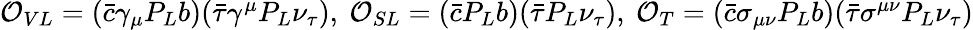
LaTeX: \begin{array}{r}{{\cal O}_{VL}=(\bar{c}\gamma_{\mu}P_{L}b)(\bar{\tau}\gamma^{\mu}P_{L}\nu_{\tau}),~{\cal O}_{SL}=(\bar{c}P_{L}b)(\bar{\tau}P_{L}\nu_{\tau}),~{\cal O}_{T}=(\bar{c}\sigma_{\mu\nu}P_{L}b)(\bar{\tau}\sigma^{\mu\nu}P_{L}\nu_{\tau})}\end{array}